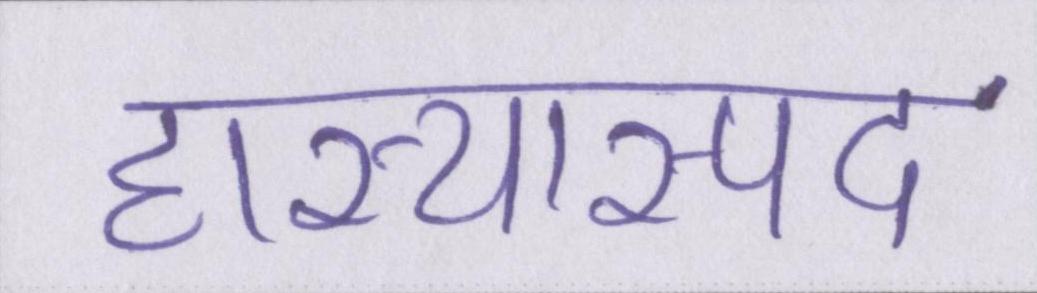
हास्यास्पद